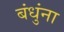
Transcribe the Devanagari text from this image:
बंधुंना